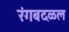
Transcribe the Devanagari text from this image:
रंगबदळल